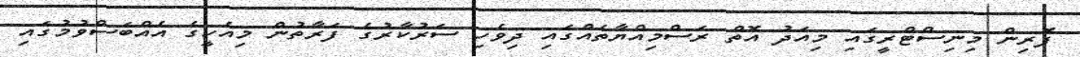
ފޮރިން މިނިސްޓްރީގައި މިއަދު އޮތް ރަސްމިއްޔާތެއްގައި ދިވެހި ސަރުކާރުގެ ފަރާތުން މިއެހީގެ އެއްބަސްވުމުގައި